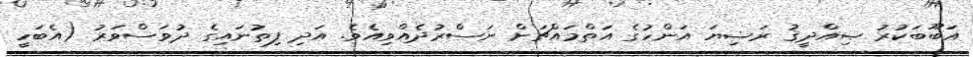
އަބޫބަކުރު ޞިއްދީޤު ރަޟިޔަ އަންހުގެ އަތްމައްޗަށް ނަސްރުދެއްވިއެވެ. އަދި ފިތުނައިގެ ދުވަސްވަރު (އެބަހީ